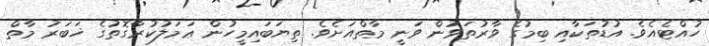
ހުއްޓެއެވެ. އުޑުތަކާއި ބިމުގެ ވާރުތަވުން ވަނީ މާތްއަށެވެ. ތިޔަބައިމީހުން ޢަމަލުކުރާގޮތުގެ ޚަބަރު މާތް